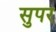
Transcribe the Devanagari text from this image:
सुपर